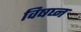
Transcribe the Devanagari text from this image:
विषघ्न